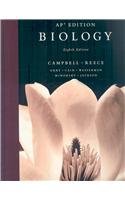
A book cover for Biology, AP Edition, 8th Edition; Neil A. Campbell; Teen & Young Adult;